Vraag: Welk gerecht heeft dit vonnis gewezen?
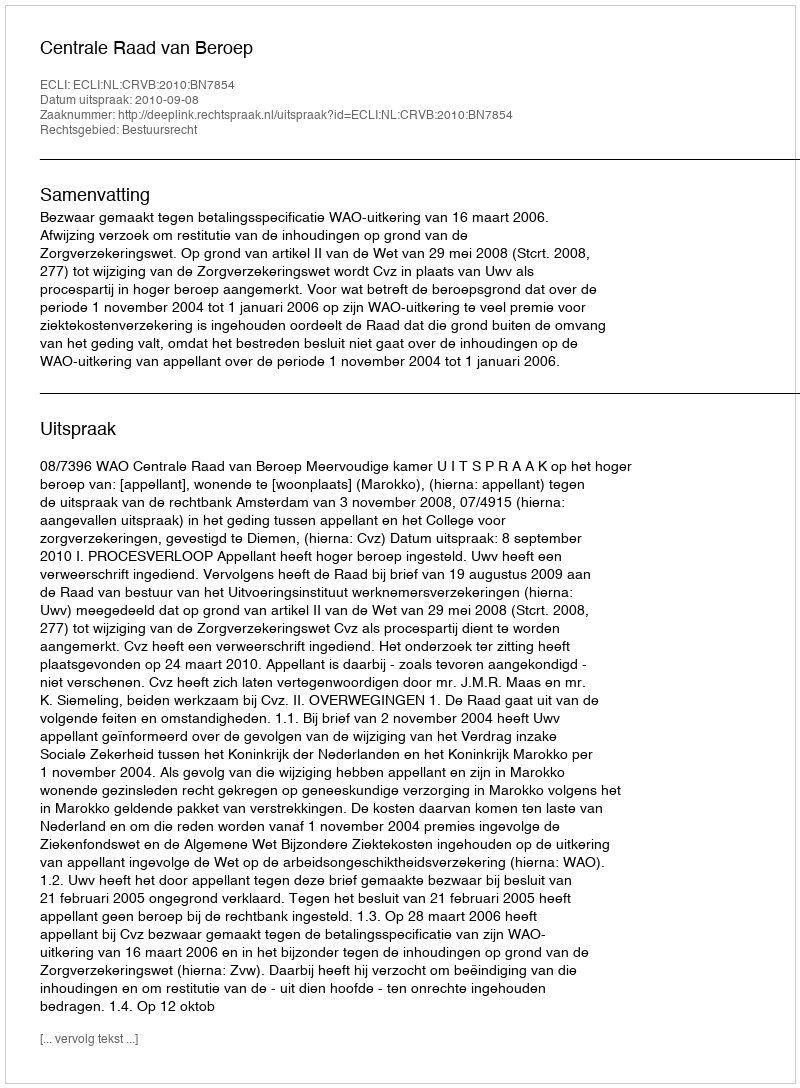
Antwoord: Centrale Raad van Beroep